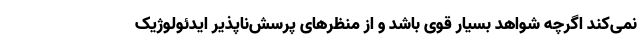
نمی‌کند اگرچه شواهد بسیار قوی باشد و از منظرهای پرسش‌ناپذیر ایدئولوژیک